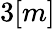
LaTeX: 3[m]